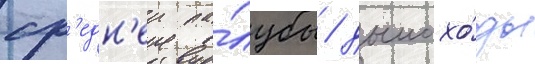
ср'едн'еи па́лубы / дымохо́ды